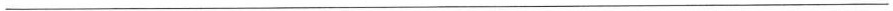
___